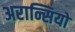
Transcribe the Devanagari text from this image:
अरान्सियो